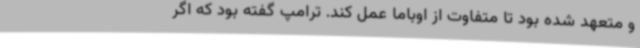
و متعهد شده بود تا متفاوت از اوباما عمل کند. ترامپ گفته بود که اگر